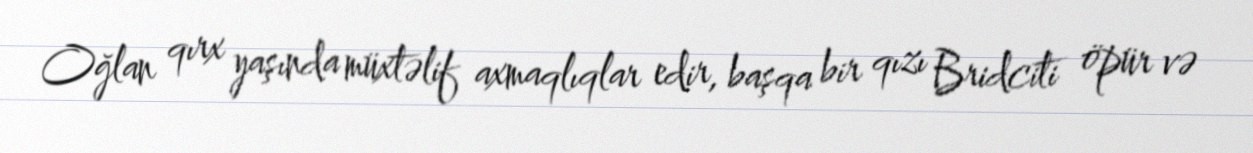
Oğlan qırx yaşında müxtəlif axmaqlıqlar edir, başqa bir qızı Bridciti öpür və